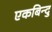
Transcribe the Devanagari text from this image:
एकबिन्दु